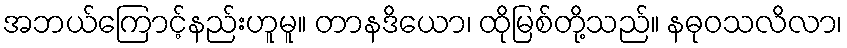
အဘယ်ကြောင့်နည်းဟူမူ။ တာနဒိယော၊ ထိုမြစ်တို့သည်။ နဓုဝသလိလာ၊